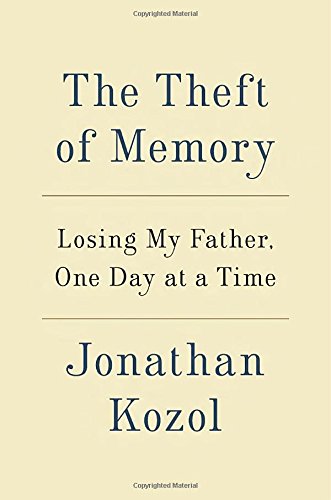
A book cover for The Theft of Memory: Losing My Father, One Day at a Time; Jonathan Kozol; Health, Fitness & Dieting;